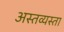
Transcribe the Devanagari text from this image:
अस्तव्यस्ता